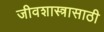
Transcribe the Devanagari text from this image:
जीवशास्त्रासाठी